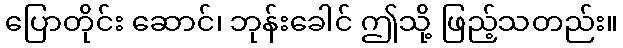
ပြောတိုင်း ဆောင်၊ ဘုန်းခေါင် ဤသို့ ဖြည့်သတည်း။